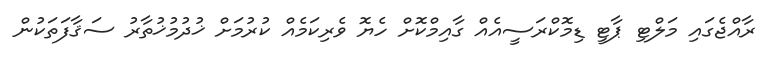
ރާއްޖެގައި މަލްޓި ޕާޓީ ޑިމޮކްރަސީއެއް ގާއިމްކޮށް ހެޔޮ ވެރިކަމެއް ކުރުމަށް ޚުދުމުޚުތާރު ސަޤާފަތަކުން